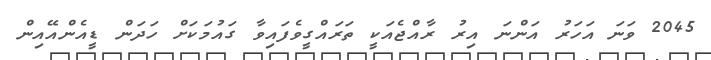
2045 ވަނަ އަހަރު އަންނަ އިރު ރާއްޖެއަކީ ތަރައްގީވެފައިވާ ގައުމަކަށް ހަދަން ޑީއެންއޭއިން